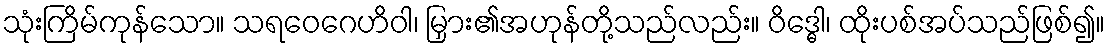
သုံးကြိမ်ကုန်သော။ သရဝေဂေဟိဝါ၊ မြှား၏အဟုန်တို့သည်လည်း။ ဝိဒ္ဓေါ၊ ထိုးပစ်အပ်သည်ဖြစ်၍။